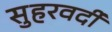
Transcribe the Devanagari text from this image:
सुहरवर्दी